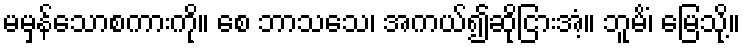
မမှန်သောစကားကို။ စေ ဘာသသေ၊ အကယ်၍ဆိုငြားအံ့။ ဘူမိံ၊ မြေသို့။